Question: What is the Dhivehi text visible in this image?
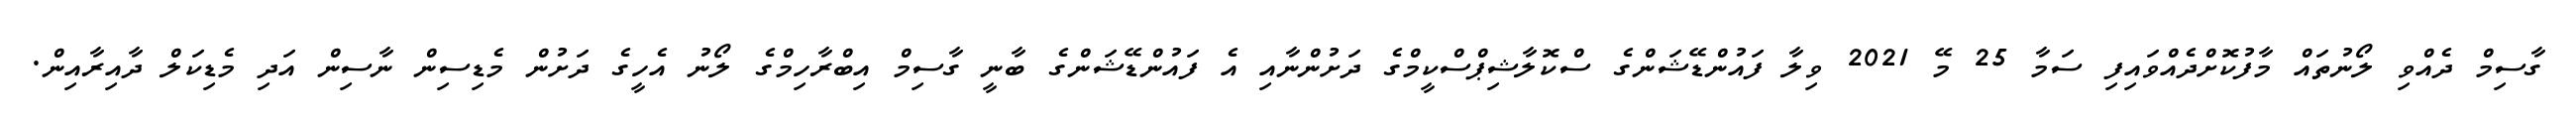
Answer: ގާސިމް ދެއްވި ލޯނުތައް މާފުކޮށްދެއްވައިފި ސަމާ 25 މޭ 2021 ވިލާ ފައުންޑޭޝަންގެ ސްކޮލާޝިޕްސްކީމްގެ ދަށުންނާއި އެ ފައުންޑޭޝަންގެ ބާނީ ގާސިމް އިބްރާހިމްގެ ލޯނު އެހީގެ ދަށުން މެޑިސިން ނާސިން އަދި މެޑިކަލް ދާއިރާއިން.